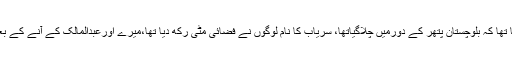
سابق وزیر اعلیٰ بلوچستان ثنااللہ زہری کا کہنا تھا کہ بلوچستان پتھر کے دورمیں چلاگیاتھا، سریاب کا نام لوگوں نے فضائی مٹی رکھ دیا تھا،میرے اورعبدالمالک کے آنے کے بعد حالات بہترہوئے، عدالت تعریف بھی کرے۔